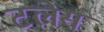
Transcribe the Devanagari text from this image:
टलेस